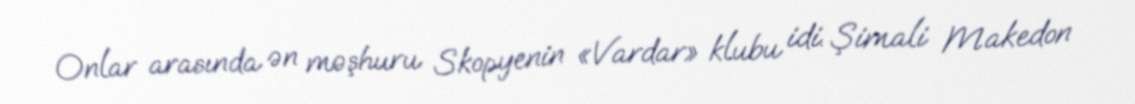
Onlar arasında ən məşhuru Skopyenin «Vardar» klubu idi. Şimali Makedon